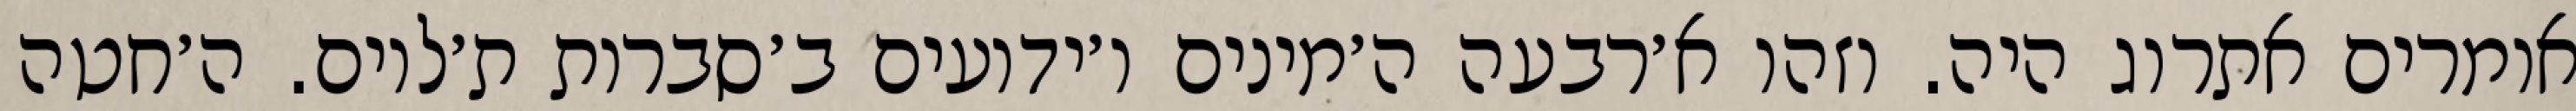
אומרים אתרוג היה. וזהו א׳רבעה ה׳מינים ו׳ידועים ב׳סברות ת׳לוים. ה׳חטה